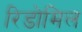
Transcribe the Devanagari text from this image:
रिडोमिल